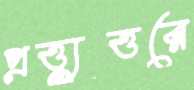
প্রত্ত্যুত্তরে